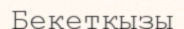
Бекетқызы